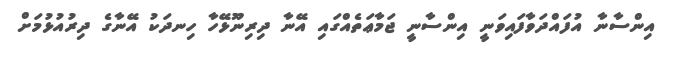
އިންސާނާ އުފައްދަވާފައިވަނީ އިންސާނީ ޖަމާޢަތެއްގައި އޭނާ ދިރިނޫޅޭހާ ހިނދަކު އޭނާގެ ދިރުއުޅުމަށް